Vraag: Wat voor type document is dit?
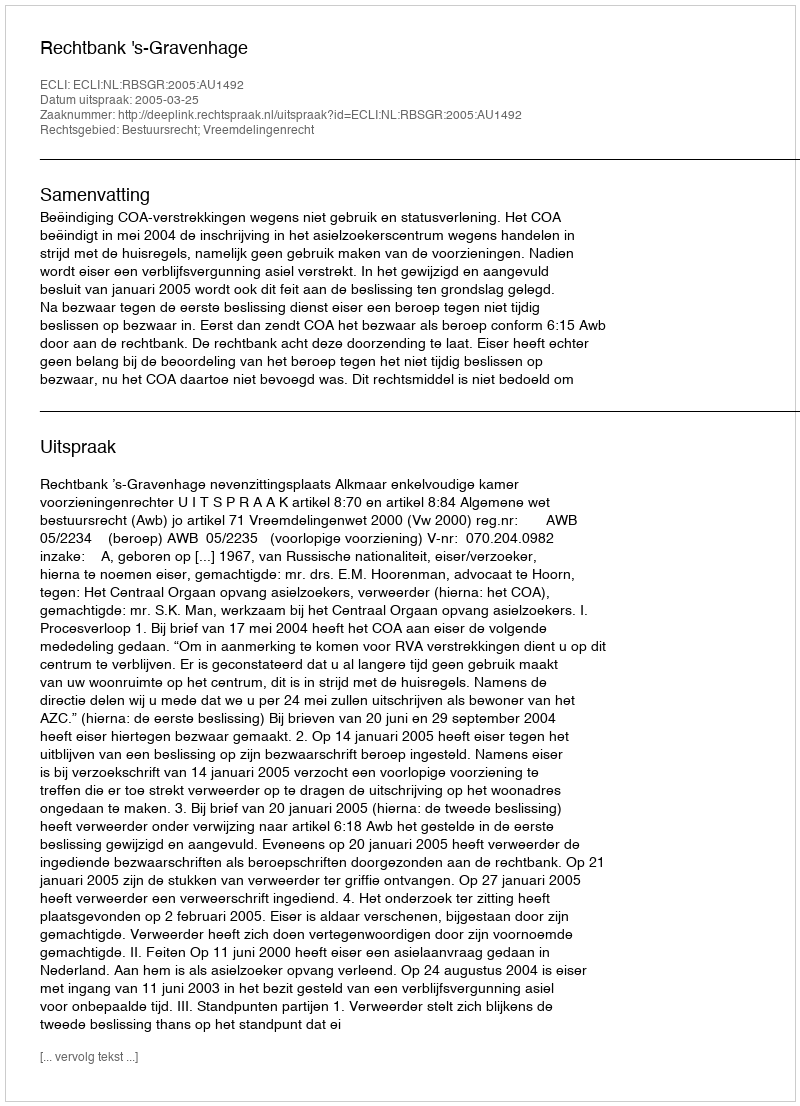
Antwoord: Uitspraak